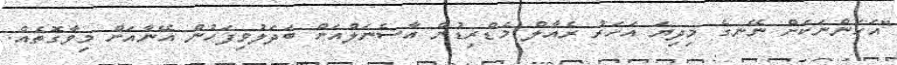
"އަހަންނަކަށް ނޭނގެ މިދިޔަ އަހަރު ރެއާލް މެޑްރިޑުން އާސެނަލްއަށް ބަދަލުވިފަހުން އޭނާއަށް މިވާގޮތެއް.